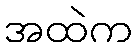
အထဲက